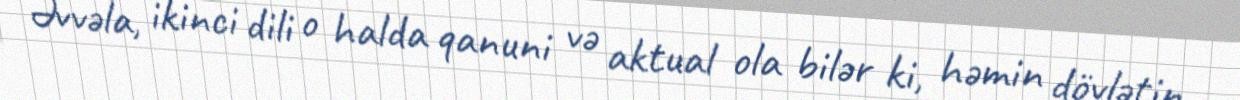
Əvvəla, ikinci dili o halda qanuni və aktual ola bilər ki, həmin dövlətin,